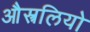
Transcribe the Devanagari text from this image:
औस्त्रलियो